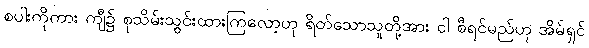
စပါးကိုကား ကျီ၌ စုသိမ်းသွင်းထားကြလော့ဟု ရိတ်သောသူတို့အား ငါ စီရင်မည်ဟု အိမ်ရှင်